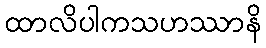
ထာလိပါကသဟဿာနိ